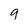
Character: 9